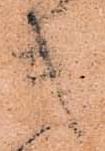
キ